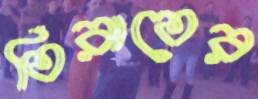
তিরাতের